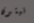
نبتون